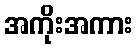
အကိုးအကား